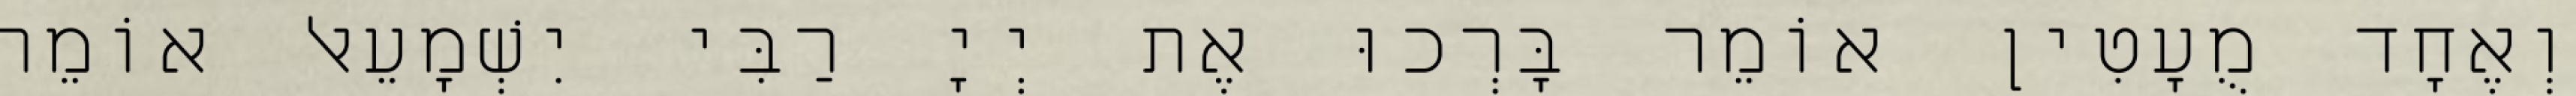
וְאֶחָד מֻעָטִין אוֹמֵר בָּרְכוּ אֶת יְיָ רַבִּי יִשְׁמָעֵאל אוֹמֵר